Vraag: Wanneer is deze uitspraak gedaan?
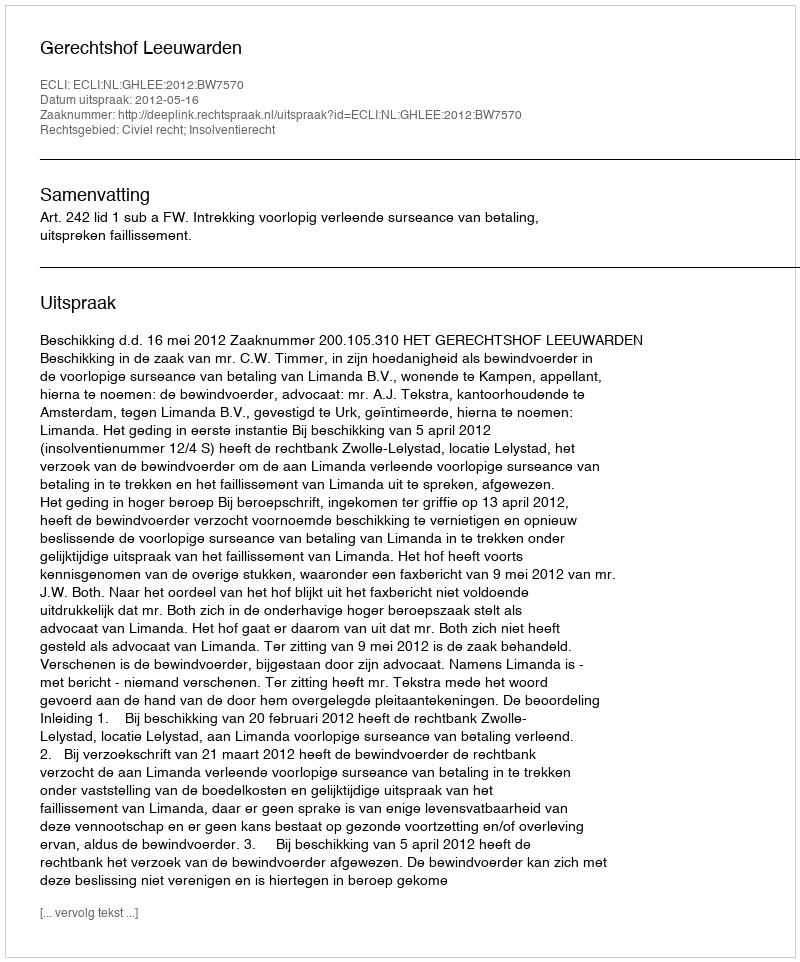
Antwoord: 2012-05-16